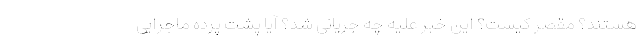
هستند؟ مقصر کیست؟ این خبر علیه چه جریانی شد؟ آیا پشت پرده ماجرایی